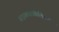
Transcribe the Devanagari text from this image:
साइक्राडोफ़िलिकल